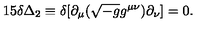
1 5 \delta \Delta _ { 2 } \equiv \delta [ \partial _ { \mu } ( \sqrt { - g } g ^ { \mu \nu } ) \partial _ { \nu } ] = 0 .